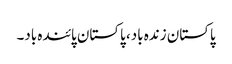
پاکستان زندہ باد، پاکستان پائندہ باد۔